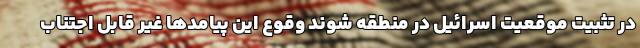
در تثبیت موقعیت اسرائیل در منطقه شوند وقوع این پیامدها غیر قابل اجتناب